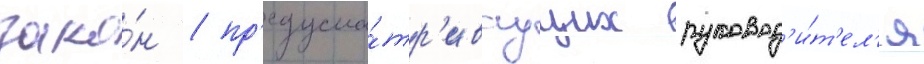
зако́н / пр'едусма́тр'иваущих руковод'и́т'ел'я